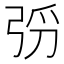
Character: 𫸰